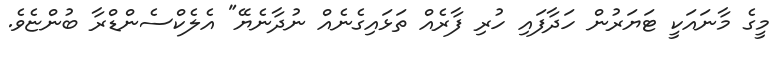
މީގެ މާނައަކީ ޓަޔަރުން ހަދާފައި ހުރި ފާރެއް ތަޅައިގެނެއް ނުދާނެޔޭ" އެލެކްސެންޑްރާ ބުންޏެވެ.